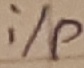
Text: i/p